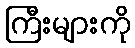
ကြီးများကို